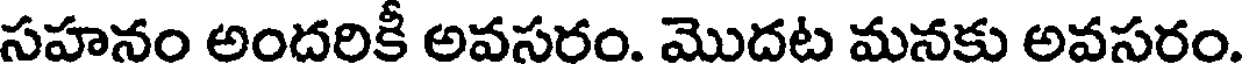
సహనం అందరికీ అవసరం. మొదట మనకు అవసరం